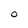
Character: O